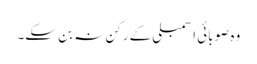
وہ صوبائی اسمبلی کے رکن نہ بن سکے۔